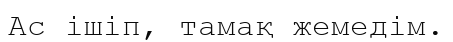
Ас ішіп, тамақ жемедім.